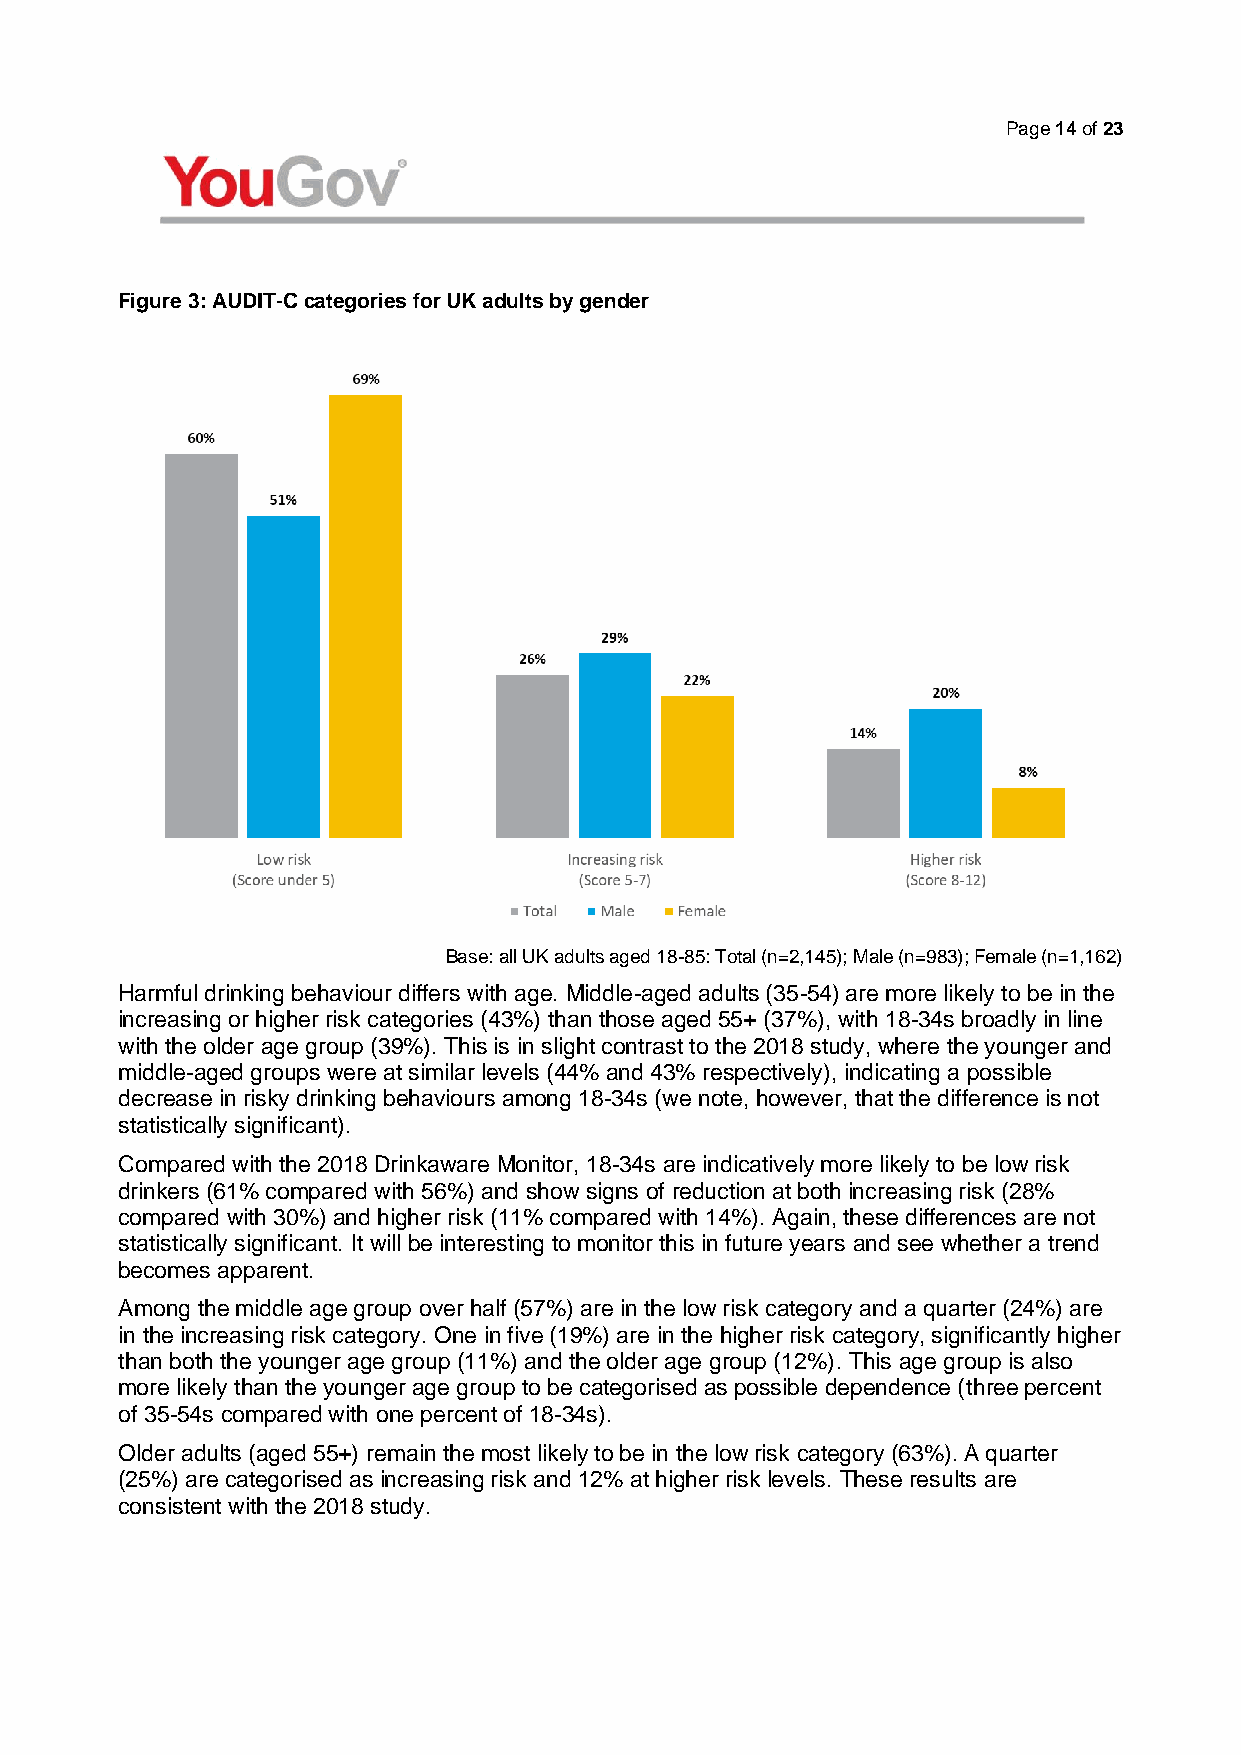
Page 14 of 23
 Figure 3: AUDIT-C categories for UK adults by gender
 Base: all UK adults aged 18-85: Total (n=2,145); Male (n=983); Female (n=1,162)
 Harmful drinking behaviour differs with age. Middle-aged adults (35-54) are more likely to be in the
 increasing or higher risk categories (43%) than those aged 55+ (37%), with 18-34s broadly in line
 with the older age group (39%). This is in slight contrast to the 2018 study, where the younger and
 middle-aged groups were at similar levels (44% and 43% respectively), indicating a possible
 decrease in risky drinking behaviours among 18-34s (we note, however, that the difference is not
 statistically significant).
 Compared with the 2018 Drinkaware Monitor, 18-34s are indicatively more likely to be low risk
 drinkers (61% compared with 56%) and show signs of reduction at both increasing risk (28%
 compared with 30%) and higher risk (11% compared with 14%). Again, these differences are not
 statistically significant. It will be interesting to monitor this in future years and see whether a trend
 becomes apparent.
 Among the middle age group over half (57%) are in the low risk category and a quarter (24%) are
 in the increasing risk category. One in five (19%) are in the higher risk category, significantly higher
 than both the younger age group (11%) and the older age group (12%). This age group is also
 more likely than the younger age group to be categorised as possible dependence (three percent
 of 35-54s compared with one percent of 18-34s).
 Older adults (aged 55+) remain the most likely to be in the low risk category (63%). A quarter
 (25%) are categorised as increasing risk and 12% at higher risk levels. These results are
 consistent with the 2018 study.